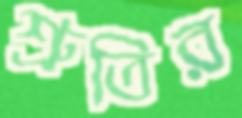
শ্রুতির